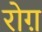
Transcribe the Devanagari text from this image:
रोग़